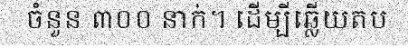
ចំនួន ៣០០ នាក់។ ដើម្បីឆ្លើយតប